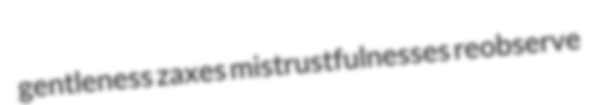
gentleness zaxes mistrustfulnesses reobserve